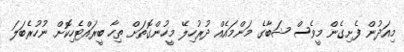
މިއަދުން ފެށިގެން މީވެސް ޝަބާގެ މަންމައެއް ދުރުހިލޭ މީހުންގޮތަށް ތިހާ ބީރައްޓެހިކޮށް ނުހުރެބަލަ